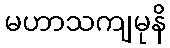
မဟာသကျမုနိ